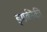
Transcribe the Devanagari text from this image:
इसकीकी